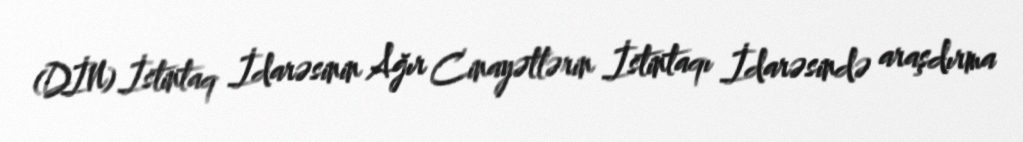
(DİN) İstintaq İdarəsinin Ağır Cinayətlərin İstintaqı İdarəsində araşdırma